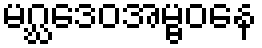
မဂ္ဃဒေဝအမ္ဗဝနေ